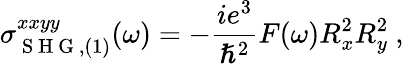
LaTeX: \sigma_{\mathrm{~S~H~G~},(1)}^{xxyy}(\omega)=-\frac{ie^{3}}{\hslash^{2}}F(\omega)R_{x}^{2}R_{y}^{2}\mathrm{~,~}